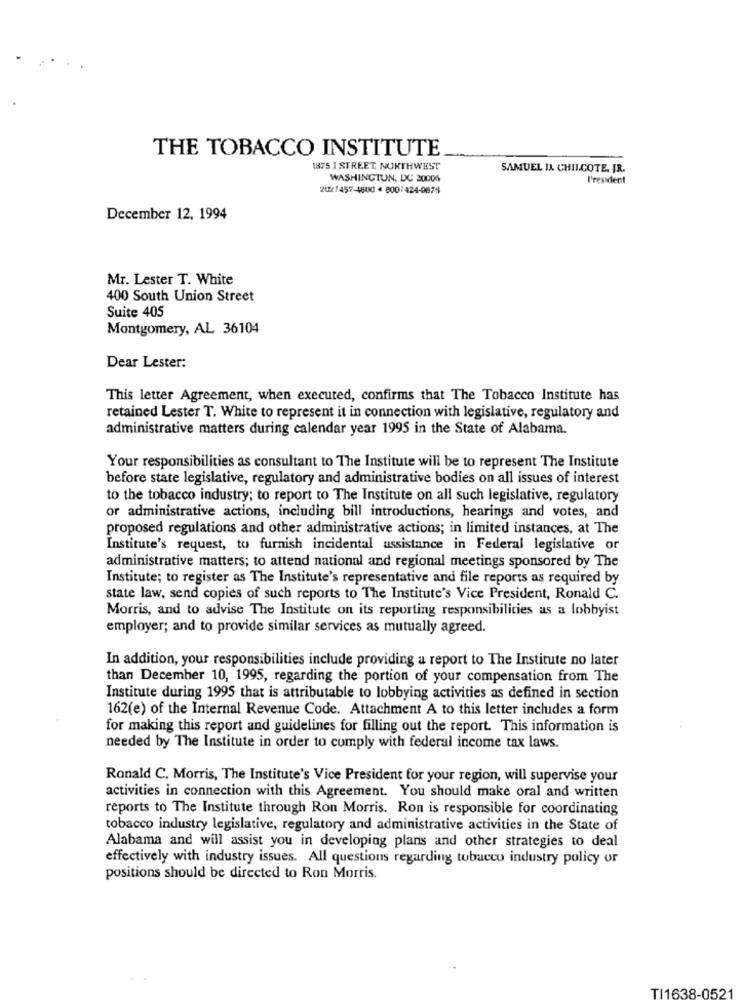
THE TOBACCO INSTITUTE
1875 1 STREET. NUKTHWEST
SAMUEL IN CHILCOTE. JR.
WASHINGTON, DC 30006
President
202/457-4800 4 800/424-0676
December 12, 1994
Mr. Lester T. White
400 South Union Street
Suite 405
Montgomery, AL 36104
Dear Lester:
This letter Agreement, when executed, confirms that The Tobacco Institute has
retained Lester T. White to represent it in connection with legislative, regulatory and
administrative matters during calendar year 1995 in the State of Alabama.
Your responsibilities as consultant to The Institute will be to represent The Institute
before state legislative, regulatory and administrative bodies on all issues of interest
to the tobacco industry; to report to The Institute on all such legislative, regulatory
or administrative actions, including bill introductions, hearings and votes, and
proposed regulations and other administrative actions; in limited instances, at The
Institute's request, to furnish incidental ussistance in Federal legislative or
administrative matters; to attend national and regional meetings sponsored by The
Institute; to register as The Institute's representative and file reports as required by
state law, send copies of such reports to The Institute's Vice President, Ronald C.
Morris, and to advise The Institute on its reporting responsibilities as a lobbyist
employer; and to provide similar services as mutually agreed.
In addition, your responsibilities include providing a report to The Institute no later
than December 10, 1995, regarding the portion of your compensation from The
Institute during 1995 that is attributable to lobbying activities as defined in section
162(e) of the Internal Revenue Code. Attachment A to this letter includes a form
for making this report and guidelines for filling out the report. This information is
needed by The Institute in order to comply with federal income tax laws.
Ronald C. Morris, The Institute's Vice President for your region, will supervise your
activities in connection with this Agreement. You should make oral and written
reports to The Institute through Ron Morris. Ron is responsible for coordinating
tobacco industry legislative, regulatory and administrative activities in the State of
Alabama and will assist you in developing plans and other strategies to deal
effectively with industry issues. All questions regarding tobucco industry policy or
positions should be directed to Ron Morris.
TI1638-0521